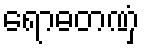
ရောဓတဏှံ